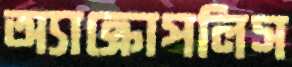
অ্যাক্রোপলিস